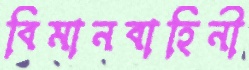
বিমানবাহিনী